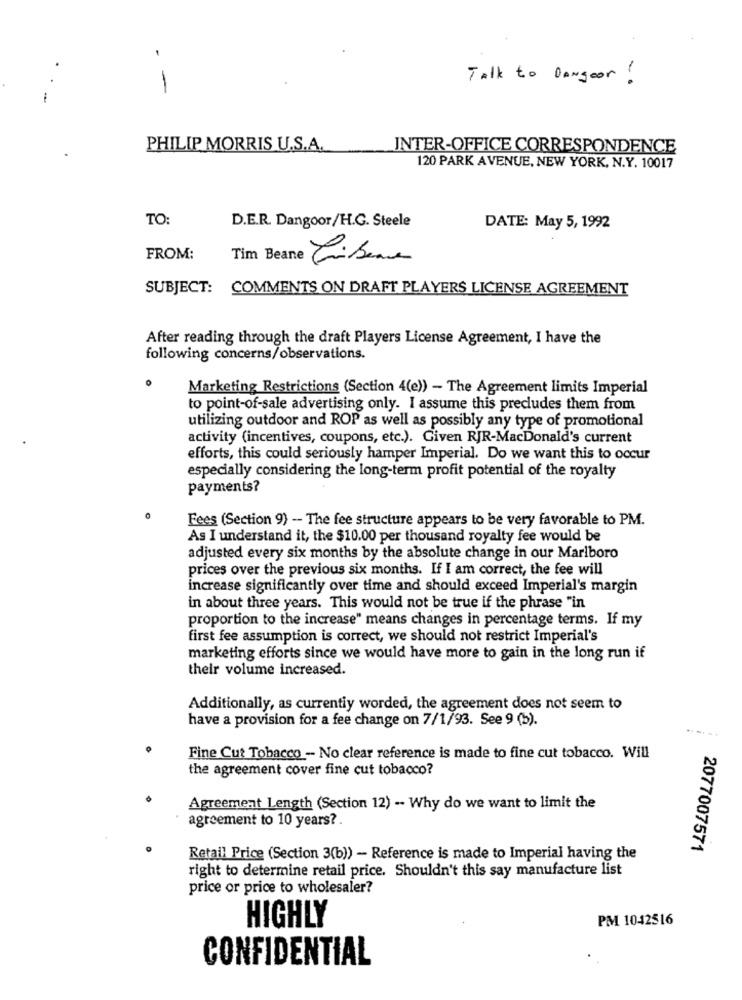
Talk to DANgoor!
-
PHILIP MORRIS U.S.A.
INTER-OFFICE CORRESPONDENCE
120 PARK AVENUE, NEW YORK, N.Y. 10017
TO:
D.E.R. Dangoor/H.G. Steele
DATE: May 5, 1992
FROM:
Tim Beane Tribene
SUBJECT: COMMENTS ON DRAFT PLAYERS LICENSE AGREEMENT
After reading through the draft Players License Agreement, I have the
following concerns/observations.
Marketing Restrictions (Section 4(e)) - The Agreement limits Imperial
to point-of-sale advertising only. I assume this precludes them from
utilizing outdoor and ROP as well as possibly any type of promotional
activity (incentives, coupons, etc.). Given RJR-MacDonald's current
efforts, this could seriously hamper Imperial. Do we want this to occur
especially considering the long-term profit potential of the royalty
payments?
Fees (Section 9) - The fee structure appears to be very favorable to PM.
As I understand it, the $10.00 per thousand royalty fee would be
adjusted every six months by the absolute change in our Marlboro
prices over the previous six months. If I am correct, the fee will
increase significantly over time and should exceed Imperial's margin
in about three years. This would not be true if the phrase "in
proportion to the increase" means changes in percentage terms. If my
first fee assumption is correct, we should not restrict Imperial's
marketing efforts since we would have more to gain in the long run if
their volume increased.
Additionally, as currentiy worded, the agreement does not seem to
have a provision for a fee change on 7/1/93. See 9 (b).
--.-
Fine Cut Tobacco - No clear reference is made to fine cut tobacco. Will
the agreement cover fine cut tobacco?
Agreement Length (Section 12) -- Why do we want to limit the
agreement to 10 years?
2077007571
Retail Price (Section 3(b)) - Reference is made to Imperial having the
right to determine retail price. Shouldn't this say manufacture list
price or price to wholesaler?
PM 1042516
HIGHLY
CONFIDENTIAL